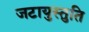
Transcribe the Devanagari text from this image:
जटायुस्तुति